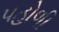
પહોળી